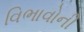
વિભાવોની